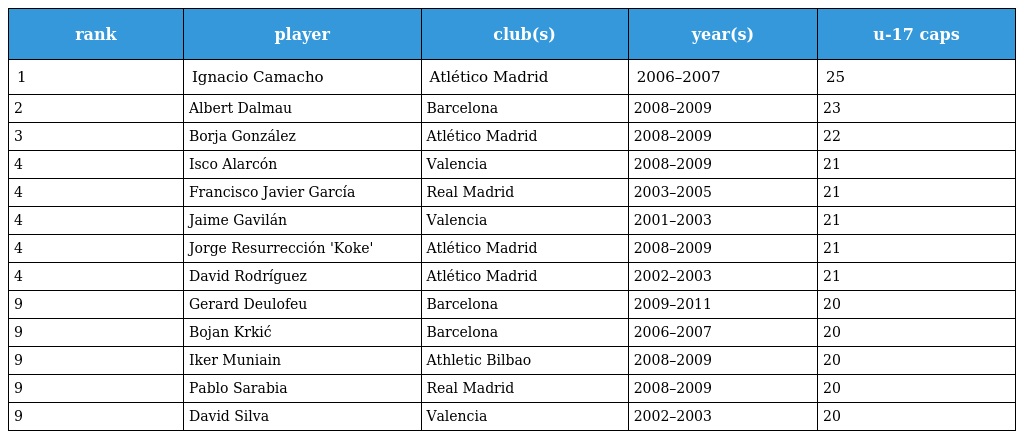
| rank | player | club(s) | year(s) | u-17 caps |
 | --- | --- | --- | --- | --- |
 | 1 | Ignacio Camacho | Atlético Madrid | 2006–2007 | 25 |
 | 2 | Albert Dalmau | Barcelona | 2008–2009 | 23 |
 | 3 | Borja González | Atlético Madrid | 2008–2009 | 22 |
 | 4 | Isco Alarcón | Valencia | 2008–2009 | 21 |
 | 4 | Francisco Javier García | Real Madrid | 2003–2005 | 21 |
 | 4 | Jaime Gavilán | Valencia | 2001–2003 | 21 |
 | 4 | Jorge Resurrección 'Koke' | Atlético Madrid | 2008–2009 | 21 |
 | 4 | David Rodríguez | Atlético Madrid | 2002–2003 | 21 |
 | 9 | Gerard Deulofeu | Barcelona | 2009–2011 | 20 |
 | 9 | Bojan Krkić | Barcelona | 2006–2007 | 20 |
 | 9 | Iker Muniain | Athletic Bilbao | 2008–2009 | 20 |
 | 9 | Pablo Sarabia | Real Madrid | 2008–2009 | 20 |
 | 9 | David Silva | Valencia | 2002–2003 | 20 |